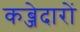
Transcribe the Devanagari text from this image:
कब्जेदारों